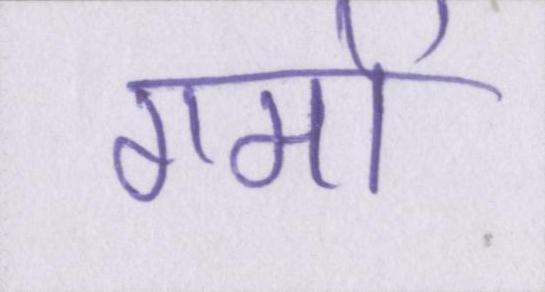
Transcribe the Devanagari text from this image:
गमों